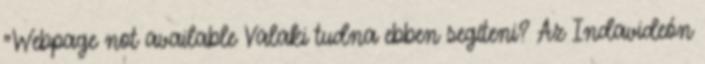
"Webpage not available Valaki tudna ebben segíteni? Az Indavideón